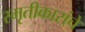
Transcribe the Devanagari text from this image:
स्मृतीकारांचे